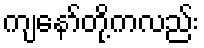
ကျနော်တို့ကလည်း